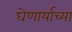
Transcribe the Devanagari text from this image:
घेणार्याच्या